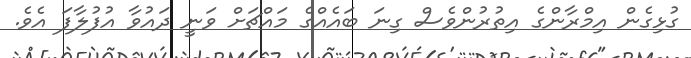
ގުޅިގެން އިމްރާންގެ އިތުރުންވެސް ގިނަ ބައެއްގެ މައްޗަށް ވަނީ ދައުވާ އުފުލާފަ އެވެ.